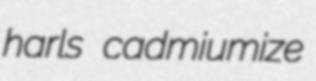
harls cadmiumize